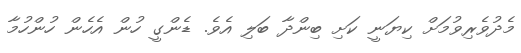
މެދުވެރިވުމަށް ކިޔަނީ ކަށި ބިންދާ ބަލި އެވެ. ޑެންގީ ހުން އެހެން ހުންހުމާ